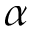
\alpha